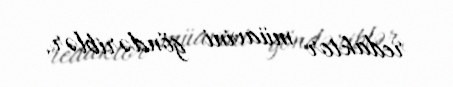
redaktor müavini göndəriblər.